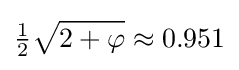
{\tfrac {1}{2}}{\sqrt {2+\varphi }}\approx 0.951